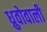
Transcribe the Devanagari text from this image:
ध्रुवोवाली